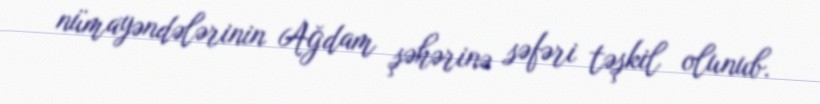
nümayəndələrinin Ağdam şəhərinə səfəri təşkil olunub.